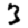
Digit: 3